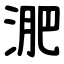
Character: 淝